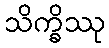
သိက္ခိဿု